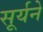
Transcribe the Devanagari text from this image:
सूर्यने